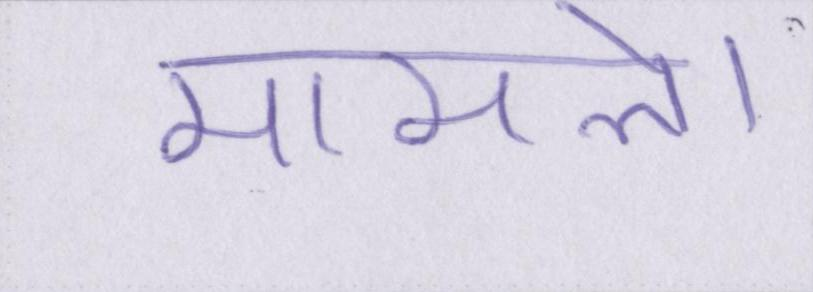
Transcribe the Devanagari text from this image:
मामले।